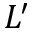
L ^ { \prime }